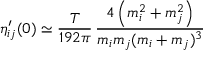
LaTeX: \eta _ { i j } ^ { \prime } ( 0 ) \simeq { \frac { T } { 1 9 2 \pi } } \, { \frac { 4 \left( m _ { i } ^ { 2 } + m _ { j } ^ { 2 } \right) } { m _ { i } m _ { j } ( m _ { i } + m _ { j } ) ^ { 3 } } }